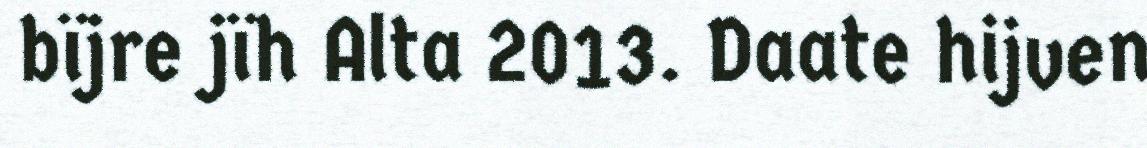
bïjre jïh Alta 2013. Daate hijven